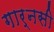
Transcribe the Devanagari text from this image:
गार्नसी